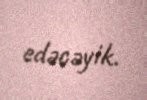
edəcəyik.